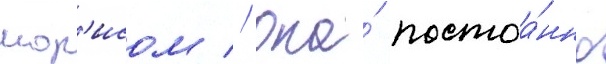
мор'исом // Она́ постоа́нно